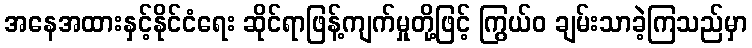
အနေအထားနှင့်နိုင်ငံရေး ဆိုင်ရာဖြန့်ကျက်မှုတို့ဖြင့် ကြွယ်ဝ ချမ်းသာခဲ့ကြသည်မှာ